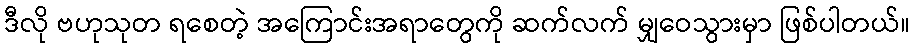
ဒီလို ဗဟုသုတ ရစေတဲ့ အကြောင်းအရာတွေကို ဆက်လက် မျှဝေသွားမှာ ဖြစ်ပါတယ်။